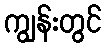
ကျွန်းတွင်